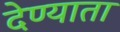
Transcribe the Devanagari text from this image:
देण्याता